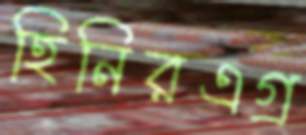
হিনিরএগ্র